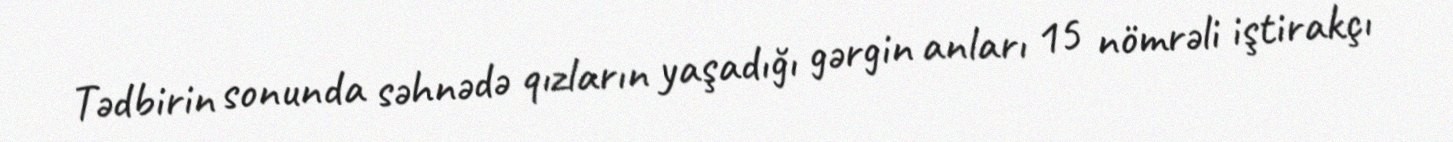
Tədbirin sonunda səhnədə qızların yaşadığı gərgin anları 15 nömrəli iştirakçı